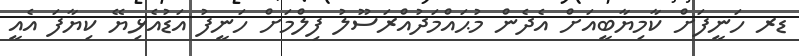
ޑރ ހަނީފަށް ކާމިޔާބީއަށް އެދެން މުޙައްމަދުއްރަސޫލު ފިލްމަށް ހަނީފު އަޑުއެޅިޔޭ ކިޔާފަ އެއީ